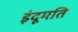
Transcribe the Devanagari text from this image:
इंदूमति